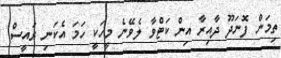
ތިމަން ފޮނަދޫ ދާއިރާ އިން ކަޓްވާ ލެވޭނެ މީހަކީ ހަމަ އެކަނި ރައީސް